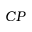
C P